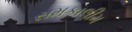
સમકાલીમ